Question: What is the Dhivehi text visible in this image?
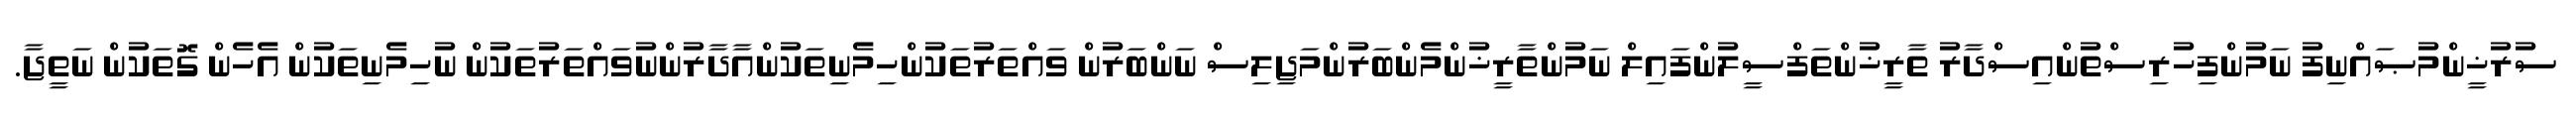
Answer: ސުރުޚީންމުޞައްނިފު ނަމުންފިހުރިސްތުންއިސްދާރު ތާރީޚުންތަފްސީލުންފައިލް ނަމުންތާރީޚުންމެންބަރުންމަޖިލިސް ނަންބަރުން ވައްތަރުތަކުންހިމެނިތަކުންއާދާރުންނުވައްތަރުތަކުން ނުހިމެނިތަކުން އެހެން ގޮތަކުން ނަތީޖާ.